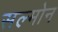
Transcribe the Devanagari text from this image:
सल्मोन